Report on plague in the Punjab from October 1st ... to September 30th ..., being the ... season of plague in the province
Disease focus: Plague
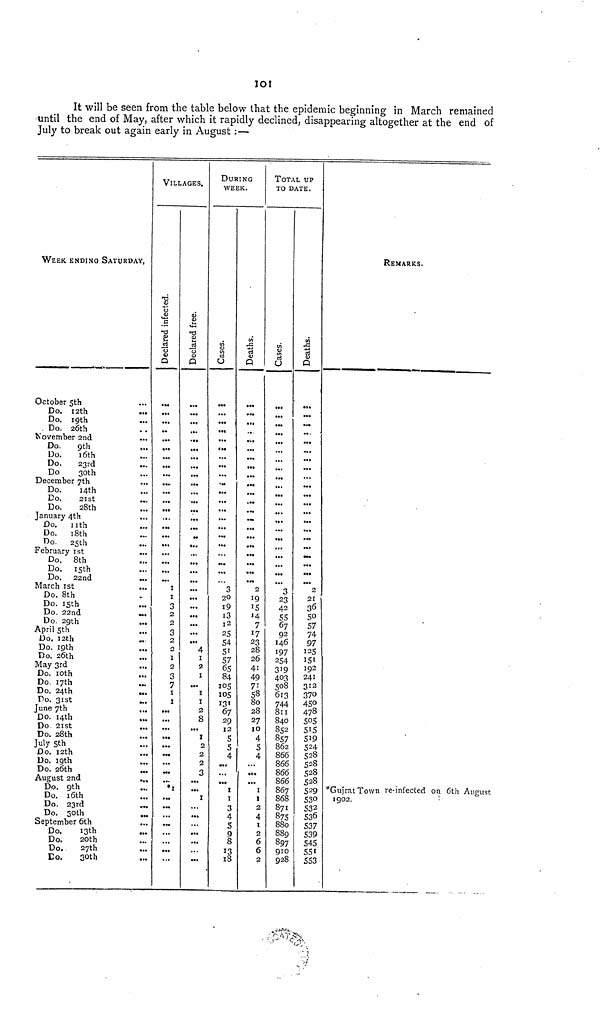
l01
It will be seen from the table below that the epidemic beginning in March remained
until the end of May, after which it rapidly declined, disappearing altogether at the end of
July to break out again early in August :—
WEEK ENDINO SATURDAY,
October 5th
Do. 12th
...
Do. 19th
. Do. 26th
Do.
9th
Do. 16th ...
Do.
28th
Do.
nth
Do.
18th
Do. 8th
Do. 22nd
...
March
1st
...
Do. 8th
Do. 15th
Do. 22nd
Do. 29th
April 5th
Do. 12th
Do. 19th
Do. 26th
May 3rd
...
Do. 10th
Do. 17th
...
Do. 24th
...
To. 31st
June 7th
Do. 14th
...
Do 21st ...
Do. 28th
July 5th ...
Do. 12th ...
Do. 19th ...
Do. 26th
August 2nd
...
Do. 9th ...
Do. 16th ...
Do. 23rd
...
Do. 30th ...
September 6th
...
Do.
13th ...
Do.
20th
Do.
27th
Do.
30th ...
VILLAGES.
Declared infected.
I
I
3
2
2
3
2
2
1
2
3
7
1
1
...
...
...
.»•
...
...
...
...
•1
...
...
...
...
...
...
...
Declared free.
...
...
...
...
...
...
...
4
1
2
1
».
1
1
2
8
...
1
2
2
2
3.
...
1
...
...
DURING
WEEK.
cases.
3
20
19
13
12
25
54
51
57
65
84
105
105
131
67
29
12
S
5
4
I
I
3
4
S
9
8
13
18
Deaths.
2
19
15
'4
7
17
23
28
26
41
49
71
58
80
28
27
10
4
5
4
1
1
2
4
1
2
6
6
2
TOTAL UP
TO DATE.
Cases.
3
23
42
55
67
92
146
197
254
319
403
508
613
744
811
840
852
857
862
866
866
866
866
867
868
871
875
880
889
897
910
928
Deaths.
...
...
2
21
36
50
57
74
97
125
151
192
241
312
370
450
478
505
515
519
524
528
528
528
528
529
530
532
536
537
539
545
551
553
REMARKS.
*Gujrat Town re-infected on, 6th August
1902.